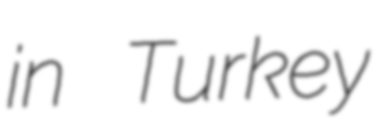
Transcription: in Turkey